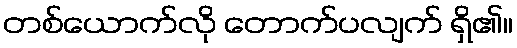
တစ်ယောက်လို တောက်ပလျက် ရှိ၏။